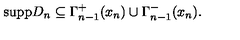
\mathrm { s u p p } D _ { n } \subseteq \Gamma _ { n - 1 } ^ { + } ( x _ { n } ) \cup \Gamma _ { n - 1 } ^ { - } ( x _ { n } ) .